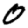
Digit: 0